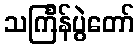
သင်္ကြန်ပွဲတော်